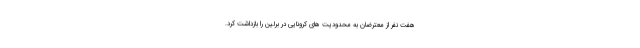
هفت نفر از معترضان به محدودیت های کرونایی در برلین را بازداشت کرد.